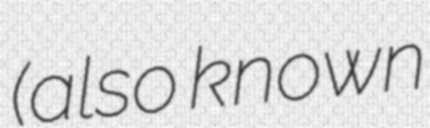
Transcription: (also known